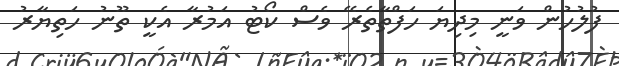
ފުލުހުން ވަނީ މިދިޔަ ހަފްތާތެރޭ ވެސް ކޯޓު އަމުރާ އެކީ ތޫނު ހަތިޔާރު